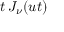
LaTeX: t \, J _ { \nu } ( u t )